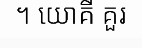
។ យោគី គួរ